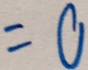
= 0